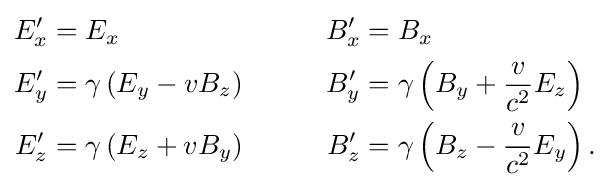
{\begin{aligned}E'_{x}&=E_{x}&\qquad B'_{x}&=B_{x}\\E'_{y}&=\gamma \left(E_{y}-vB_{z}\right)&B'_{y}&=\gamma \left(B_{y}+{\frac {v}{c^{2}}}E_{z}\right)\\E'_{z}&=\gamma \left(E_{z}+vB_{y}\right)&B'_{z}&=\gamma \left(B_{z}-{\frac {v}{c^{2}}}E_{y}\right).\\\end{aligned}}